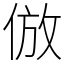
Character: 倣